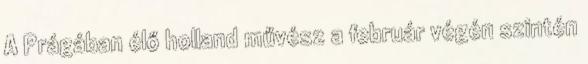
A Prágában élő holland művész a február végén szintén